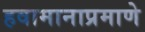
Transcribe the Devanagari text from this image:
हवामानाप्रमाणे